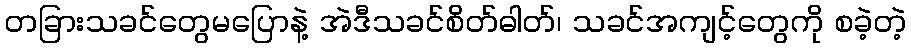
တခြားသခင်တွေမပြောနဲ့ အဲဒီသခင်စိတ်ဓါတ်၊ သခင်အကျင့်တွေကို စခဲ့တဲ့